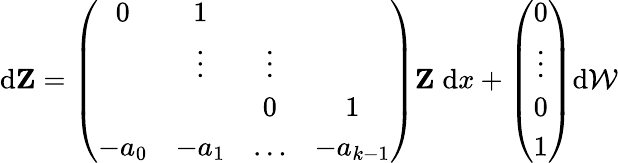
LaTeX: \begin{array}{r}{\mathrm{d}\mathbf{Z}=\left(\begin{array}{cccc}{0}&{1}&&\\ &{\vdots}&{\vdots}&\\ &&{0}&{1}\\ {-a_{0}}&{-a_{1}}&{\dots}&{-a_{k-1}}\end{array}\right)\mathbf{Z}\; \mathrm{d}x+\left(\begin{array}{c}{0}\\ {\vdots}\\ {0}\\ {1}\end{array}\right)\mathrm{d}\mathcal{W}}\end{array}